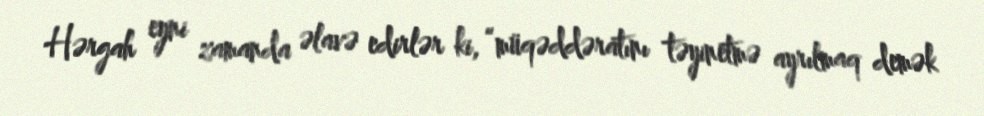
Hərgah eyni zamanda əlavə edirlər ki, “müqəddəratını təyinetmə ayrılmaq demək